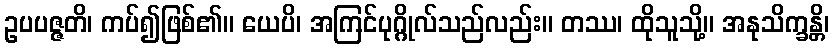
ဥပပဇ္ဇတိ၊ ကပ်၍ဖြစ်၏။ ယေပိ၊ အကြင်ပုဂ္ဂိုလ်သည်လည်း။ တဿ၊ ထိုသူသို့။ အနုသိက္ခန္တိ၊